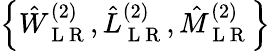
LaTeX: \left\{ \hat{W}_{\mathrm{~L~R~}}^{(2)},\hat{L}_{\mathrm{~L~R~}}^{(2)},\hat{M}_{\mathrm{~L~R~}}^{(2)}\right\}